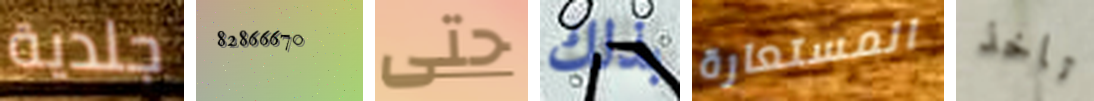
جلدية 82866670 حتى بذلك المستعارة تاخذ